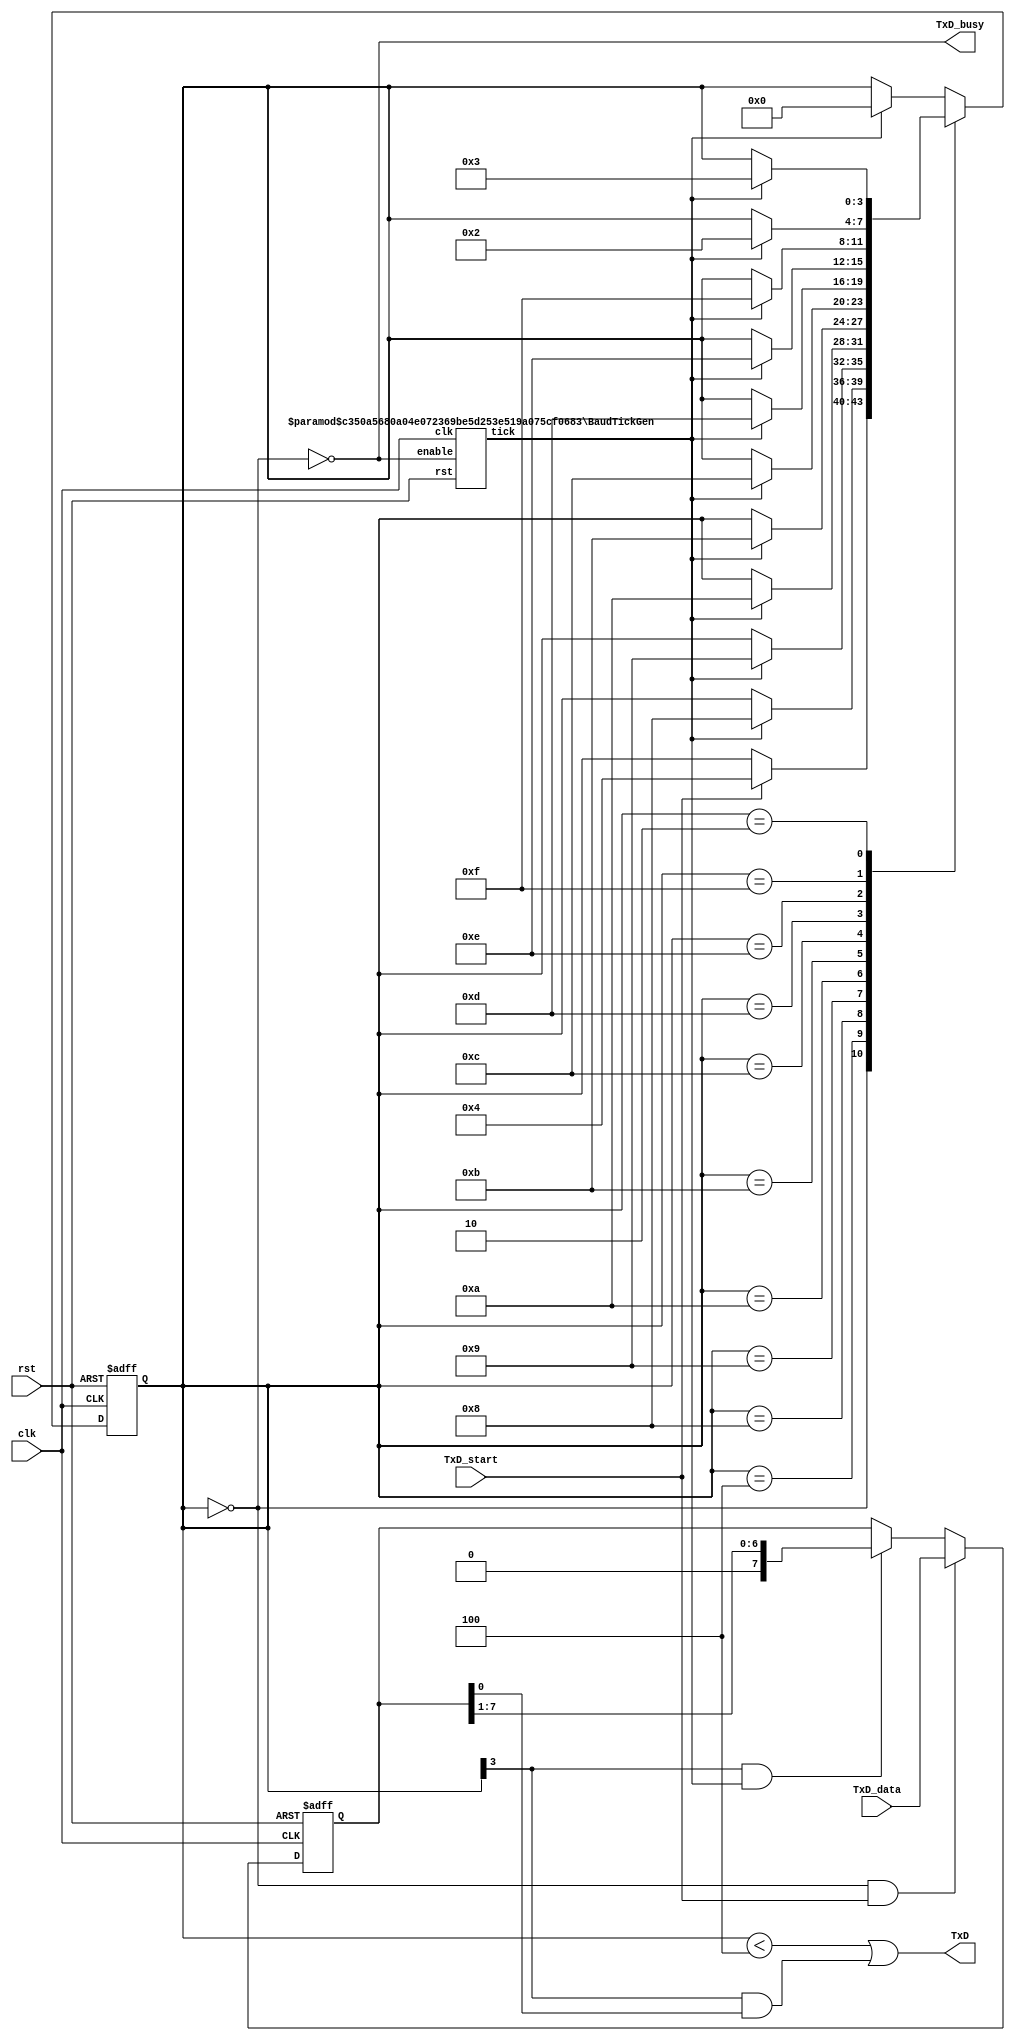
/* verilator lint_off width */
////////////////////////////////////////////////////////
// RS-232 RX and TX module
// (c) fpga4fun.com & KNJN LLC - 2003 to 2016

// The RS-232 settings are fixed
// TX: 8-bit data, 2 stop, no-parity
// RX: 8-bit data, 1 stop, no-parity (the receiver can accept more stop bits of course)

////////////////////////////////////////////////////////
module async_transmitter(
    input clk,
    input rst,
    input TxD_start,
    input [7:0] TxD_data,
    output TxD,
    output TxD_busy
    );

    // Assert TxD_start for (at least) one clock cycle to start transmission of TxD_data
    // TxD_data is latched so that it doesn't have to stay valid while it is being sent

    parameter ClkFrequency = 25000000;	// 25MHz
    parameter Baud = 115200;

    ////////////////////////////////
    wire BitTick;
    BaudTickGen #(ClkFrequency, Baud) tickgen(.clk(clk), .rst(rst), .enable(TxD_busy), .tick(BitTick));

    reg [3:0] TxD_state;
    reg [7:0] TxD_shift;

    wire TxD_ready = (TxD_state==0);
    assign TxD_busy = ~TxD_ready;

    always @(posedge clk or posedge rst)
    begin
        if (rst)
        begin
            TxD_state <= 0;
            TxD_shift <= 0;
        end
        else
        begin
            if(TxD_ready & TxD_start)
                TxD_shift <= TxD_data;
            else
                if(TxD_state[3] & BitTick)
                    TxD_shift <= (TxD_shift >> 1);

            case(TxD_state)
                4'b0000: if(TxD_start) TxD_state <= 4'b0100;
                4'b0100: if(BitTick) TxD_state <= 4'b1000;  // start bit
                4'b1000: if(BitTick) TxD_state <= 4'b1001;  // bit 0
                4'b1001: if(BitTick) TxD_state <= 4'b1010;  // bit 1
                4'b1010: if(BitTick) TxD_state <= 4'b1011;  // bit 2
                4'b1011: if(BitTick) TxD_state <= 4'b1100;  // bit 3
                4'b1100: if(BitTick) TxD_state <= 4'b1101;  // bit 4
                4'b1101: if(BitTick) TxD_state <= 4'b1110;  // bit 5
                4'b1110: if(BitTick) TxD_state <= 4'b1111;  // bit 6
                4'b1111: if(BitTick) TxD_state <= 4'b0010;  // bit 7
                4'b0010: if(BitTick) TxD_state <= 4'b0011;  // stop1
                4'b0011: if(BitTick) TxD_state <= 4'b0000;  // stop2
                default: if(BitTick) TxD_state <= 4'b0000;
            endcase
        end
    end

    assign TxD = (TxD_state<4) | (TxD_state[3] & TxD_shift[0]);
endmodule


////////////////////////////////////////////////////////
module async_receiver(
    input clk,
    input rst,
    input RxD,
    output reg RxD_data_ready,
    output reg [7:0] RxD_data,  // data received, valid only (for one clock cycle) when RxD_data_ready is asserted

    // We also detect if a gap occurs in the received stream of characters
    // That can be useful if multiple characters are sent in burst
    //  so that multiple characters can be treated as a "packet"
    output RxD_idle,  // asserted when no data has been received for a while
    output reg RxD_endofpacket = 0  // asserted for one clock cycle when a packet has been detected (i.e. RxD_idle is going high)
    );

    parameter ClkFrequency = 25000000; // 12MHz
    parameter Baud = 115200;

    parameter Oversampling = 8;  // needs to be a power of 2
    // we oversample the RxD line at a fixed rate to capture each RxD data bit at the "right" time
    // 8 times oversampling by default, use 16 for higher quality reception

    ////////////////////////////////
    reg [3:0] RxD_state;

    wire OversamplingTick;
    BaudTickGen #(ClkFrequency, Baud, Oversampling) tickgen(.clk(clk), .rst(rst), .enable(1'b1), .tick(OversamplingTick));

    // synchronize RxD to our clk domain
    reg [1:0] RxD_sync;   // 2'b11
    always @(posedge clk or posedge rst)
    begin
        if (rst)
            RxD_sync <= 2'b11;
        else
            if(OversamplingTick) RxD_sync <= {RxD_sync[0], RxD};
    end

    // and filter it
    reg [1:0] Filter_cnt; // 2'b11
    reg RxD_bit;          // 1'b1
    always @(posedge clk or posedge rst)
    begin
        if (rst)
        begin
            Filter_cnt <= 2'b11;
            RxD_bit <= 1'b1;
        end
        else
            if(OversamplingTick)
            begin
                if(RxD_sync[1]==1'b1 && Filter_cnt!=2'b11) Filter_cnt <= Filter_cnt + 1'd1;
                else if(RxD_sync[1]==1'b0 && Filter_cnt!=2'b00) Filter_cnt <= Filter_cnt - 1'd1;

                if(Filter_cnt==2'b11) RxD_bit <= 1'b1;
                else if(Filter_cnt==2'b00) RxD_bit <= 1'b0;
            end
    end

    // and decide when is the good time to sample the RxD line
    function integer log2(input integer v);
    begin
        log2=0;
        while(v>>log2)
            log2 = log2 + 1;
        end
    endfunction

    localparam l2o = log2(Oversampling);
    reg [l2o-2:0] OversamplingCnt;

    always @(posedge clk)
        if(OversamplingTick) OversamplingCnt <= (RxD_state==0) ? 1'd0 : OversamplingCnt + 1'd1;

    wire sampleNow = OversamplingTick && (OversamplingCnt==Oversampling/2-1);

    // now we can accumulate the RxD bits in a shift-register
    always @(posedge clk or posedge rst)
    begin
        if (rst)
            RxD_state <= 0;
        else
            case(RxD_state)
                4'b0000: if(~RxD_bit) RxD_state <=  4'b0001;  // start bit found?
                4'b0001: if(sampleNow) RxD_state <= 4'b1000;  // sync start bit to sampleNow
                4'b1000: if(sampleNow) RxD_state <= 4'b1001;  // bit 0
                4'b1001: if(sampleNow) RxD_state <= 4'b1010;  // bit 1
                4'b1010: if(sampleNow) RxD_state <= 4'b1011;  // bit 2
                4'b1011: if(sampleNow) RxD_state <= 4'b1100;  // bit 3
                4'b1100: if(sampleNow) RxD_state <= 4'b1101;  // bit 4
                4'b1101: if(sampleNow) RxD_state <= 4'b1110;  // bit 5
                4'b1110: if(sampleNow) RxD_state <= 4'b1111;  // bit 6
                4'b1111: if(sampleNow) RxD_state <= 4'b0010;  // bit 7
                4'b0010: if(sampleNow) RxD_state <= 4'b0000;  // stop bit
                default: RxD_state <= 4'b0000;
            endcase
    end

    always @(posedge clk or posedge rst)
    begin
        if (rst)
            RxD_data <= 0;
        else
            if (sampleNow && RxD_state[3]) RxD_data <= {RxD_bit, RxD_data[7:1]};
    end

    always @(posedge clk or posedge rst)
    begin
        if (rst)
            RxD_data_ready <= 0;
        else
            RxD_data_ready <= (sampleNow && RxD_state==4'b0010 && RxD_bit);  // make sure a stop bit is received
    end

    reg [l2o+1:0] GapCnt;
    always @(posedge clk or posedge rst)
    begin
        if (rst)
            GapCnt <= 0;
        else
            if (RxD_state!=0) GapCnt<=0; else if(OversamplingTick & ~GapCnt[log2(Oversampling)+1]) GapCnt <= GapCnt + 1'h1;
    end

    assign RxD_idle = GapCnt[l2o+1];
    always @(posedge clk)
        RxD_endofpacket <= OversamplingTick & ~GapCnt[l2o+1] & &GapCnt[l2o:0];

endmodule

////////////////////////////////////////////////////////
module BaudTickGen(
    input clk, rst, enable,
    output tick  // generate a tick at the specified baud rate * oversampling
    );

    parameter ClkFrequency = 25000000;
    parameter Baud = 115200;
    parameter Oversampling = 1;

    function integer log2(input integer v); begin log2=0; while(v>>log2) log2=log2+1; end endfunction

    localparam AccWidth = log2(ClkFrequency/Baud)+8;  // +/- 2% max timing error over a byte
    reg [AccWidth:0] Acc;
    localparam ShiftLimiter = log2(Baud*Oversampling >> (31-AccWidth));  // this makes sure Inc calculation doesn't overflow
    localparam Inc = ((Baud*Oversampling << (AccWidth-ShiftLimiter))+(ClkFrequency>>(ShiftLimiter+1)))/(ClkFrequency>>ShiftLimiter);

    always @(posedge clk)
    begin
        if (rst)
            Acc <= 0;
        else
            if(enable) Acc <= Acc[AccWidth-1:0] + Inc[AccWidth:0]; else Acc <= Inc[AccWidth:0];
    end
    assign tick = Acc[AccWidth];

endmodule